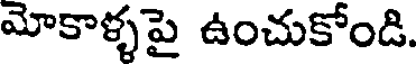
మోకాళ్ళపై ఉంచుకోండి.